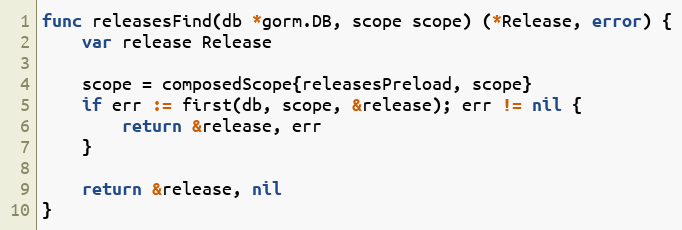
Language: Go
func releasesFind(db *gorm.DB, scope scope) (*Release, error) {
	var release Release

	scope = composedScope{releasesPreload, scope}
	if err := first(db, scope, &release); err != nil {
		return &release, err
	}

	return &release, nil
}